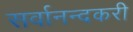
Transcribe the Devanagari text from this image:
सर्वानन्दकरी